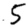
Digit: 5